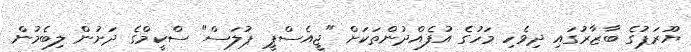
ޔޫރަޕުގެ ބާޒާރުގައި ދިވެހި މަހުގެ އުފެއްދުންތަކަށް "ޖީއެސްޕީ ޕުލަސް" ސްކީމްގެ ދަށުން ލިބެމުން